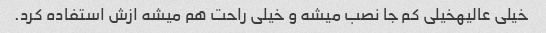
خیلی عالیهخیلی کم جا نصب میشه و خیلی راحت هم میشه ازش استفاده کرد.